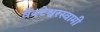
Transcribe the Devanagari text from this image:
वैंक्टेश्वरस्वामी